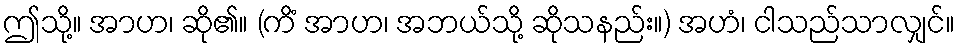
ဤသို့။ အာဟ၊ ဆို၏။ (ကိံ အာဟ၊ အဘယ်သို့ ဆိုသနည်း။) အဟံ၊ ငါသည်သာလျှင်။